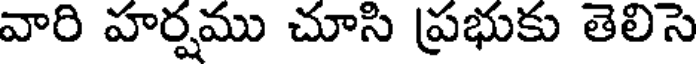
వారి హర్షము చూసి ప్రభుకు తెలిసె